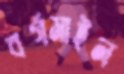
বর্গমাইল